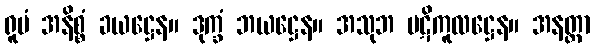
ရူပံ အနိစ္စံ ခယဋ္ဌေန။ ဒုက္ခံ ဘယဋ္ဌေန။ အသုဘ ပဋိကူလဋ္ဌေန။ အနတ္တာ